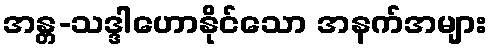
အန္တ-သဒ္ဒါဟောနိုင်သော အနက်အများ